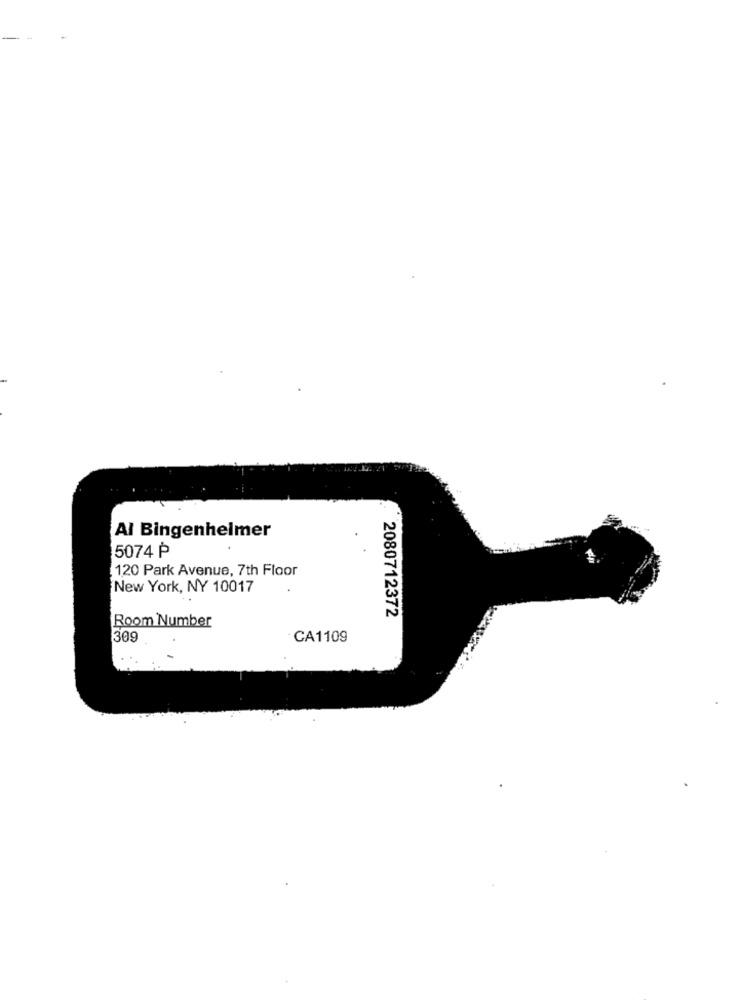
Al Bingenhelmer
5074 ₱
120 Park Avenue, 7th Floor
New York, NY 10017
2080712372
Room Number
309
CA1109